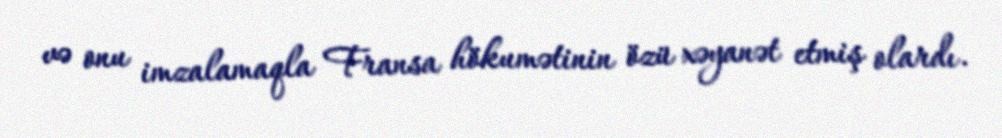
və onu imzalamaqla Fransa hökumətinin özü xəyanət etmiş olardı.